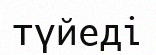
түйеді